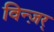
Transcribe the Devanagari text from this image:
विन्ज़र्